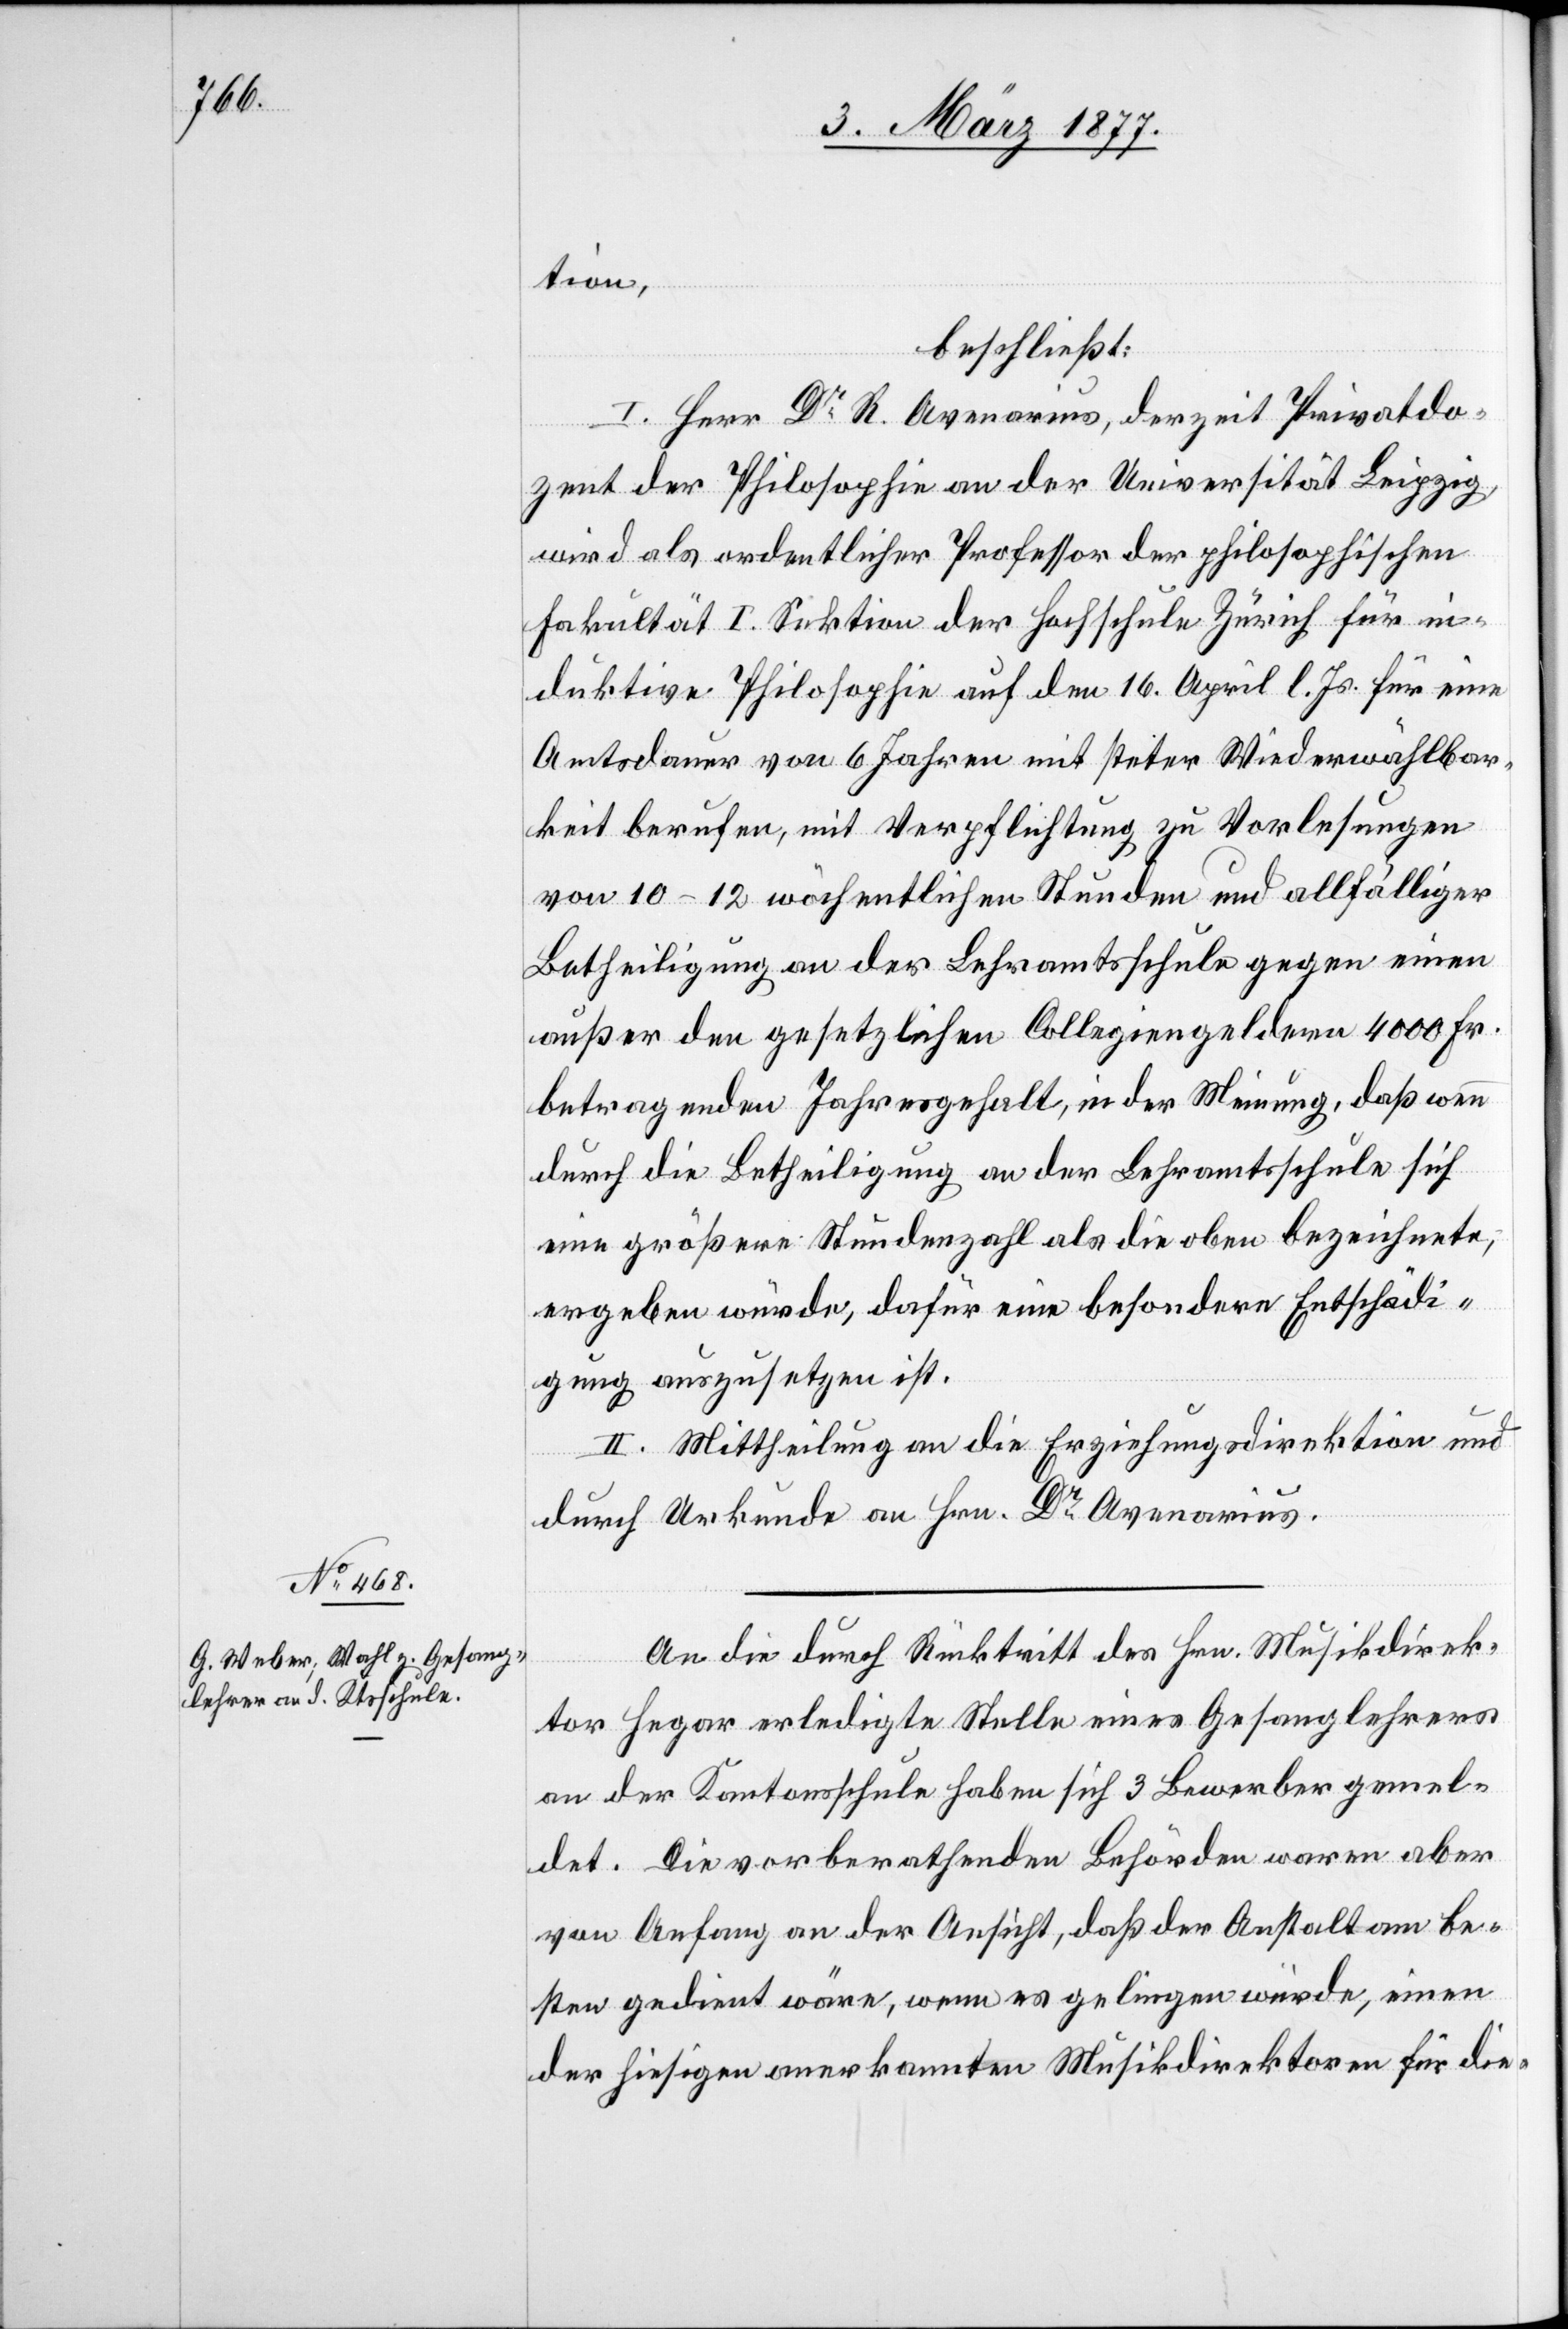
tion,
beschließt:
I. Herr Dr R. Avenarius, derzeit Privatdo¬
zent der Philosophie an der Universität Leipzig,
wird als ordentlicher Professor der philosophischen
Fakultät I. Sektion der Hochschule Zürich für in¬
duktive Philosophie auf den 16. April l. Js. für eine
Amtsdauer von 6 Jahren mit steter Wiederwählbar¬
keit berufen, mit Verpflichtung zu Vorlesungen
von 10–12 wöchentlichen Stunden und allfälliger
Betheiligung an der Lehramtsschule gegen einen
außer den gesetzlichen Collegiengeldern 4000 Fr.
betragenden Jahresgehalt, in der Meinung, daß wenn
durch die Betheiligung an der Lehramtsschule sich
eine größere Stundenzahl als die oben bezeichnete,
ergeben würde, dafür eine besondere Entschädi¬
gung auszusetzen ist.
II. Mittheilung an die Erziehungsdirektion und
durch Urkunde an Hrn. Dr Avenarius.
An die durch Rücktritt des Hrn. Musikdirek¬
tor Hegar erledigte Stelle eines Gesanglehrers
an der Kantonsschule haben sich 3 Bewerber gemel¬
det. Die vorberathenden Behörden waren aber
von Anfang an der Ansicht, daß der Anstalt am be¬
sten gedient wäre, wenn es gelingen könnte, einen
der hiesigen anerkannten Musikdirektoren für die-